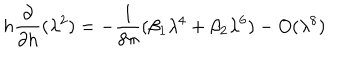
h \frac { \partial } { \partial h } ( \lambda ^ { 2 } ) = - \frac { 1 } { 8 \pi } ( \beta _ { 1 } \lambda ^ { 4 } + \beta _ { 2 } \lambda ^ { 6 } ) - O ( \lambda ^ { 8 } )